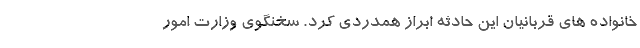
خانواده های قربانیان این حادثه ابراز همدردی کرد. سخنگوی وزارت امور